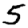
Digit: 5